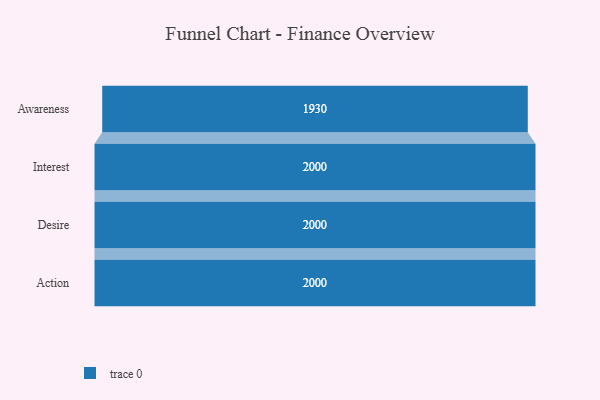
{"axis": {"x": "Stage", "y": "Value"}, "legend": [""], "data": [{"x": "Awareness", "y": 1930.0, "type": ""}, {"x": "Interest", "y": 2000, "type": ""}, {"x": "Desire", "y": 2000, "type": ""}, {"x": "Action", "y": 2000, "type": ""}]}